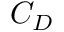
C _ { D }